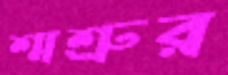
শ্মশ্রুর